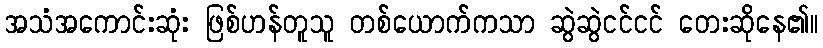
အသံအကောင်းဆုံး ဖြစ်ဟန်တူသူ တစ်ယောက်ကသာ ဆွဲဆွဲငင်ငင် တေးဆိုနေ၏။